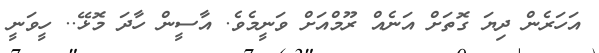
އަހަރެން ދިޔަ ގޮތަށް އަނެއް ރޫމްއަށް ވަނީމެވެ. އާސީން ހާދަ މޮޅޭ.. ހީވަނީ